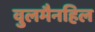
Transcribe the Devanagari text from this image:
वुलमैनहिल